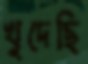
খুদেছি